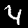
Digit: 4